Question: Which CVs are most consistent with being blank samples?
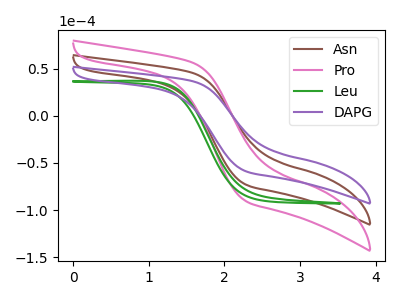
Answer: <think>The brown curve "Asn" has no peaks. The pink curve "Pro" has no peaks. The green curve "Leu" has no peaks. The purple curve "DAPG" has no peaks.</think>
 <answer>"Asn", "Pro", "Leu" and "DAPG" are likely to be blanks.</answer>
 <eval>"Asn", "Pro", "Leu", "DAPG"</eval>